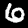
Label: 6